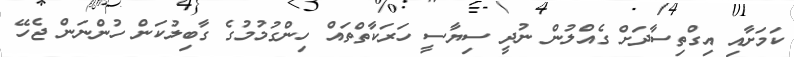
ކަމަށާއި އިގްތިސާދަށް ގެއްލުން ނުދީ ސިޔާސީ ހަރަކާތްތައް ހިންގުމުމުގެ ގާބިލުކަން ހުންނަން ޖެހޭ